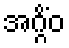
အဂ္ဂိံဝ